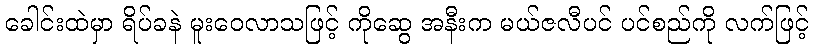
ခေါင်းထဲမှာ ရိပ်ခနဲ မူးဝေလာသဖြင့် ကိုဆွေ အနီးက မယ်ဇလီပင် ပင်စည်ကို လက်ဖြင့်